Report on vaccination in Madras 1904-1921 - 1904-1921
Year: 1904
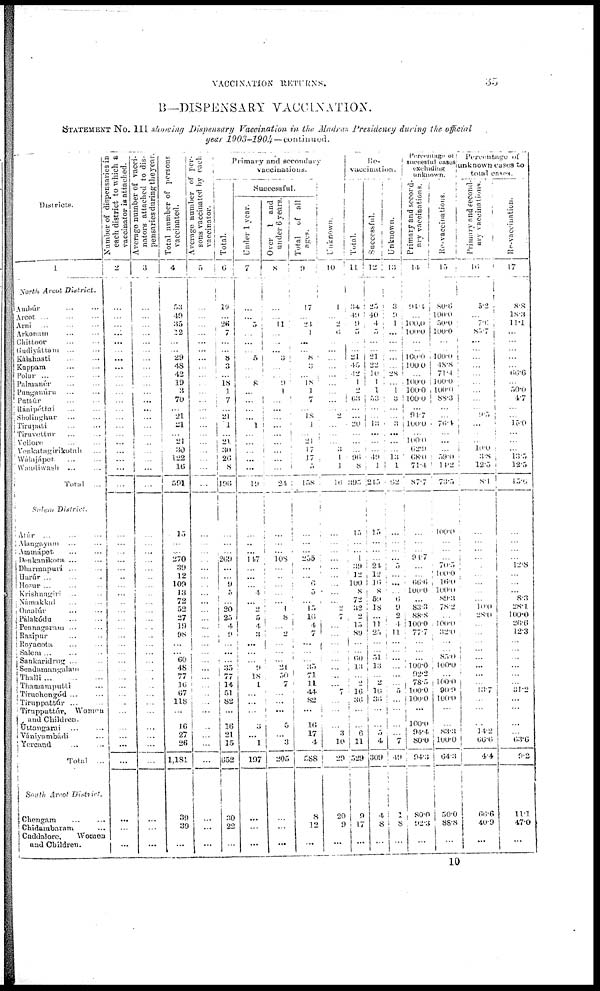
VACCINATION RETURNS.
35
B—DISPENSARY VACCINATION.
STATEMENT No. III showing Dispensary Vaccination in the Madras Presidency during the official
year
1903-1904—continued.
Districts.
1
North Arcot
District.
Ambúr ... ... ...
Arcot ... ... ...
Arni ... ... ...
Arkonam
...
...
Chittoor
...
...
Gudiyáttam ... ...
Kálahasti
...
...
Knppam
...
...
Polur
...
...
...
Palmanér ... ...
Punganúru ... ...
Pubtúr... ...
Ránipéttai ... ...
Sholinghur
...
...
Tirupati ... ...
Tiruvettur ... ...
Vellore
...
...
Venkatagirikotah ...
Wálajápet ... ...
Wandiwash ... ...
Total ...
Solen
District.
Atúr
...
...
...
Alangayam ... ...
Ammápet ... ...
Denkanikora ... ...
Dharmapuri ... ...
Harúr ... ... ...
Hosur ... ... ...
Krishnagivi ... ...
Námakkal ... ...
Omalúr ... ...
Pálakódu
...
...
Pennagaram ... ...
Razipur ... ...
Royacota ... ...
Salem ... ... ...
Sankaridrug ... ...
Sendamangalam ...
Thalli ...
...
...
Thamamputti ...
Tiruchengód ... ...
Tiruppattúr ... ...
Tiruppattúr,
Women
and Children.
Úttamgarai ... ...
Vániyambádi ...
Yercaud ... ...
Total ...
South Arcot
District.
Chengam ... ...
Chidambaram ...
Cuddalore,
Women
and Children.
Number of dispensaries in
each district to which a
vaccinator is attached.
2
...
...
...
...
...
...
...
...
...
...
...
...
...
...
...
...
...
...
...
...
...
...
...
...
...
...
...
...
...
...
...
...
...
...
...
...
...
...
...
...
...
...
...
...
...
...
...
...
...
...
Average number of vacci-
nators attached to dis-
pensaries during the year.
3
...
...
...
...
...
...
...
...
...
...
...
...
...
...
...
...
...
...
...
...
...
...
...
...
...
...
...
...
...
...
...
...
...
...
...
...
...
...
...
...
...
...
...
...
...
...
...
...
...
...
Total number of persons
vaccinated.
4
53
49
35
22
...
...
29
48
42
19
3
70
...
21
21
...
21
30
122
16
591
15
...
...
270
39
12
109
13
72
52
27
19
98
...
... 60
48
77
16
67
118
...
16
27
26
1,181
39
39
...
Average number of per-
sons vaccinated by each
vaccinator.
5
...
...
...
...
...
...
...
...
...
...
...
...
...
...
...
...
...
...
...
...
...
...
...
...
...
...
...
...
...
...
...
...
...
...
...
...
...
...
...
...
...
...
...
...
...
...
...
...
...
...
Primary and secondary
vaccinations.
Total.
6
19
...
26
7
...
...
8
3
...
18 1
7
...
21
1
...
21
30
26
8
196
...
...
...
269
...
...
9
5
...
20
25
4
9
...
...
...
35
77
14
51
82
...
16
21
15
652
30
22
...
Successful.
Under 1 year.
7
...
...
5
...
...
...
5
...
...
8
...
...
...
...
1
...
...
...
...
...
19
...
...
...
147
...
...
...
4
...
2
5
4
3
...
...
...
9
18
1
...
...
...
3
...
1
197
...
...
...
Over 1 and
under 6 years.
8
...
...
11
...
...
...
3
...
...
9
1
...
...
...
...
...
...
...
...
...
24
...
...
...
108
...
...
...
...
...
1
8 ...
2
...
...
...
21
50
7
...
...
...
5
...
3
205
...
...
...
Total
of all
ages
9
17
...
24
1
...
...
8
3
...
18
1
7
...
18
1
...
21
17
17
5
158
...
...
...
255
...
...
6
5
...
15
16
4
7
...
...
...
35
71
11
44
82
...
16
17
4
588
8
12
...
Unknown.
10
1
...
2
6
...
...
...
...
...
...
...
...
...
2
...
...
...
3
1
1
16
...
...
...
...
...
...
...
...
...
2
7
...
...
...
...
...
...
...
...
7
...
...
...
3
10
29
20
9
...
Re¬
vaccination.
Total.
11
34
49
9
5
...
...
21
45
42
1
2
63
...
...
20
...
...
...
96
8
395
15
...
...
1
39
12
100
8
72
32
2
15
89
...
...
60
13
...
2
16
36
...
...
6
11
529
9
17
...
Successful.
12
25
40
4
5
...
...
21
22
10
1
1
53
...
...
13
...
...
...
49
1
245
15
...
...
...
24
12
16
8
59
18
...
11
25
...
...
51
13
...
2
10
36
...
... 5
4
309
4
8
...
Unknown.
13
3
9
1
...
...
...
...
...
28
...
1
3
...
...
3
...
...
...
13
1
62
...
...
...
...
5
...
...
...
6
9
2
4
11
...
...
...
...
...
...
5
...
...
...
...
7
49
1
8
...
Percentage of
succesful cases
excluding
unknown.
Primary and second-
ary vaccinations.
14
94.4
...
100.0
100.0
...
...
100.0
100.0
...
100.0
100.0
100.0
...
91.7
100.0
...
100.0
62.9
68.0
71.4
87.7
...
...
...
94.7
...
...
66.6
100.0
...
83.3
88.8
100.0
77.7
...
...
...
100.0
92.2
78.5
100.0
100.0
...
100.0
94.4
80.0
94.3
80.0
92.3
...
Re-vaccinations.
15
80.6
100.0
50.0
100.0
...
...
100.0
48.8
71.4
100.0
100.0
88.3
...
...
76.4
...
...
...
59.0
14.2
73.5
100.0
...
...
...
70.5
100.0
16.0
100.0
89.3
78.2
...
100.0
32.0
...
...
85.0
100.0
...
100.0
90.9
100.0
...
...
83.3
100.0
64.3
50.0
88.8
...
Percentage of
unknown cases to
total cases.
Primary and second-
ary vaccinations.
16
5.2
...
7.6
85.7
...
...
...
...
...
...
...
...
...
9.5
...
...
...
10.0
3.8
12.5
8.1
...
...
...
...
...
...
...
...
...
10.0
28.0
...
...
...
...
...
...
...
13.7
...
14.2
66.6
4.4
66.6
40.9
...
Re-vaccination.
17
8.8
18.3
11.1
...
...
...
...
...
66.6
...
50.0
4.7
...
...
15.0
...
...
...
13.5
12.5
15.6
...
...
...
...
12.8
...
...
...
8.3
28.1
100.0
26.6
12.3
...
...
...
...
...
...
31.2
...
...
...
...
63.6
9.2
11.1
47.0
...
10